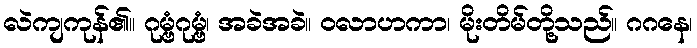
လဲကျကုန်၏။ ဂုမ္ဗံဂုမ္ဗံ၊ အခဲအခဲ။ ဝလာဟကာ၊ မိုးတိမ်တို့သည်။ ဂဂနေ၊